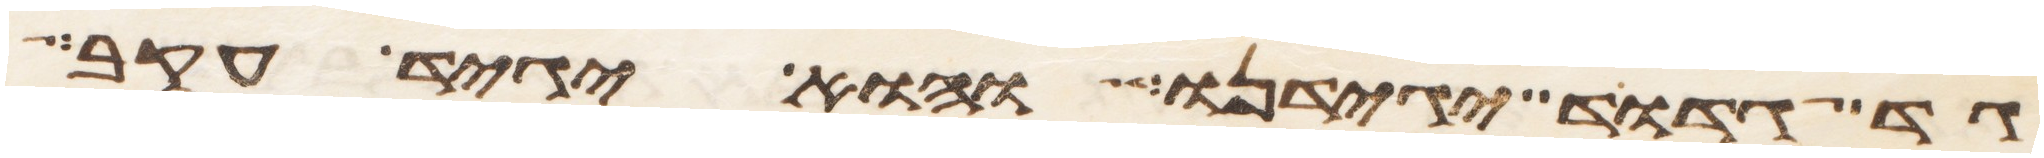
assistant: גד גדוד יגידנו והוא יגיד עקב